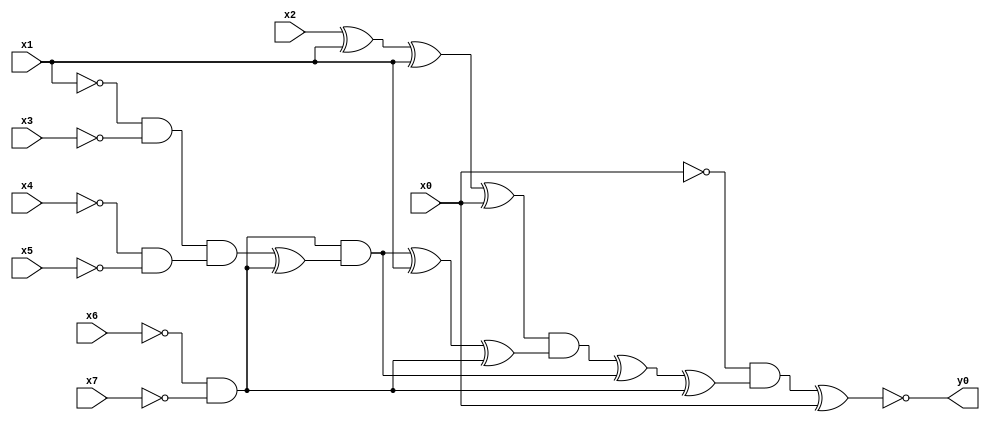
module top( x0 , x1 , x2 , x3 , x4 , x5 , x6 , x7 , y0 );
  input x0 , x1 , x2 , x3 , x4 , x5 , x6 , x7 ;
  output y0 ;
  wire n9 , n10 , n11 , n12 , n13 , n14 , n15 , n16 , n17 , n18 , n19 , n20 , n21 , n22 , n23 , n24 ;
  assign n9 = x2 ^ x1 ;
  assign n10 = n9 ^ x1 ;
  assign n11 = n10 ^ x0 ;
  assign n12 = ~x6 & ~x7 ;
  assign n13 = ~x1 & ~x3 ;
  assign n14 = ~x4 & ~x5 ;
  assign n15 = n13 & n14 ;
  assign n16 = n15 ^ n12 ;
  assign n17 = n12 & n16 ;
  assign n18 = n17 ^ x1 ;
  assign n19 = n18 ^ n12 ;
  assign n20 = n11 & n19 ;
  assign n21 = n20 ^ n17 ;
  assign n22 = n21 ^ n12 ;
  assign n23 = ~x0 & n22 ;
  assign n24 = n23 ^ x0 ;
  assign y0 = ~n24 ;
endmodule